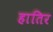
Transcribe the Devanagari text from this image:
हातिर